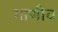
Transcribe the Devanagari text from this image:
गाणीच